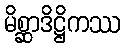
မိစ္ဆာဒိဋ္ဌိကဿ